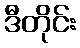
ဒီတိုင်း